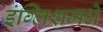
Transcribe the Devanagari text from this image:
इंग्लिशमधे